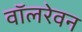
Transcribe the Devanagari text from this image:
वॉलरेवन